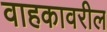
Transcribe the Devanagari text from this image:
वाहकावरील